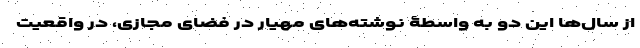
از سال‌ها این دو به واسطۀ نوشته‌های مهیار در فضای مجازی، در واقعیت